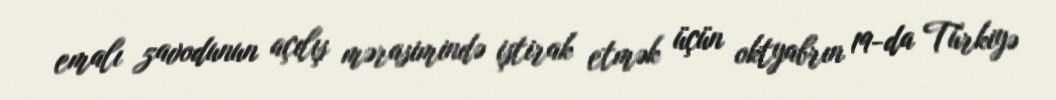
emalı zavodunun açılış mərasimində iştirak etmək üçün oktyabrın 19-da Türkiyə